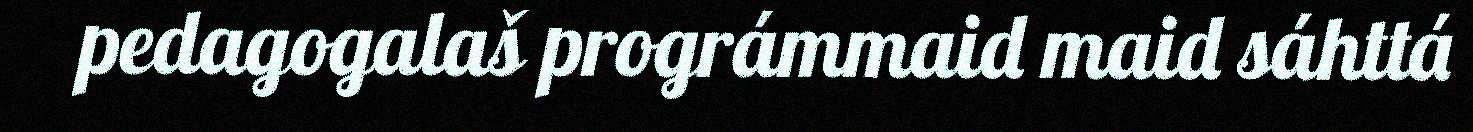
pedagogalaš prográmmaid maid sáhttá